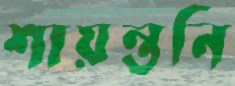
শায়ন্তনি